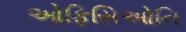
ઓફિસિઓનિ